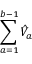
\sum _ { a = 1 } ^ { b - 1 } \hat { V } _ { a }